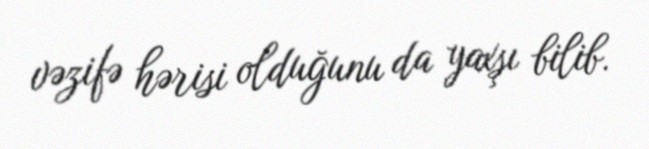
vəzifə hərisi olduğunu da yaxşı bilib.